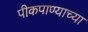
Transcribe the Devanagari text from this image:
पीकपाण्याच्या